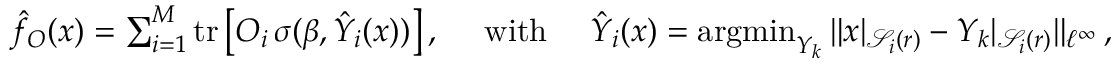
\begin{array} { r } { \hat { f } _ { O } ( x ) = \sum _ { i = 1 } ^ { M } \operatorname { t r } \big [ O _ { i } \, \sigma ( \beta , \hat { Y } _ { i } ( x ) ) \big ] \, , \quad \mathrm { ~ w i t h ~ } \quad \hat { Y } _ { i } ( x ) = \operatorname { a r g m i n } _ { { Y } _ { k } } \| x | _ { \mathcal { S } _ { i } ( r ) } - { Y } _ { k } | _ { \mathcal { S } _ { i } ( r ) } \| _ { \ell ^ { \infty } } \, , } \end{array}